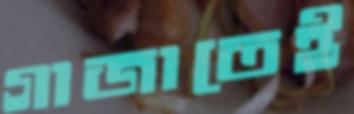
গাজাতেই